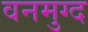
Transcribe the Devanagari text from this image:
वनमुग्द